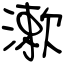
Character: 漱